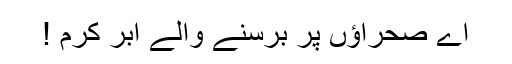
اے صحراؤں پر برسنے والے ابرِ کرم !